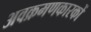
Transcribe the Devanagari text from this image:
अवक्रमणकारकों